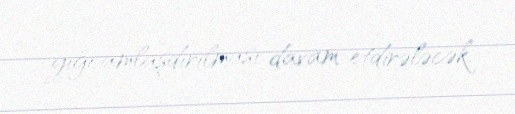
yığcamlaşdırılması davam etdirələcək.